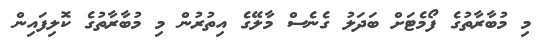
މި މުބާރާތުގެ ފޯމެޓަށް ބަދަލު ގެނެސް މާލޭގެ އިތުރުން މި މުބާރާތުގެ ކޮލިފައިން